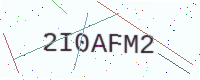
Text: 2I0AFM2